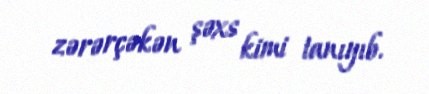
zərərçəkən şəxs kimi tanıyıb.